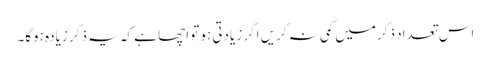
اس تعداد ذکر میں کمی نہ کریں اگر زیادتی ہو تو اچھا ہے کہ یہ ذکر زیادہ ہوگا۔